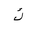
Letter: _kaf